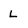
Character: L